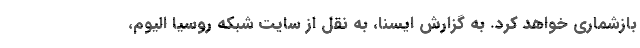
بازشماری خواهد کرد. به گزارش ایسنا، به نقل از سایت شبکه روسیا الیوم،